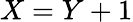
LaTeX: X=Y+1